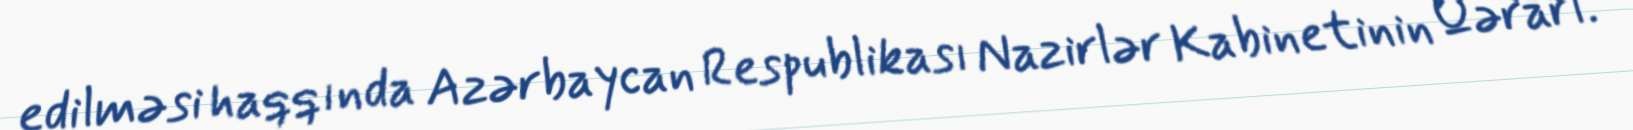
edilməsi haqqında Azərbaycan Respublikası Nazirlər Kabinetinin Qərarı.